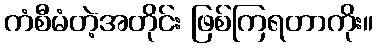
ကံစီမံတဲ့အတိုင်း ဖြစ်ကြရတာကိုး။